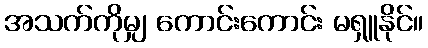
အသက်ကိုမျှ ကောင်းကောင်း မရှူနိုင်။